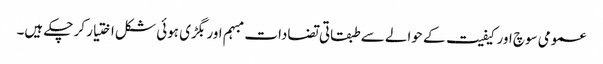
عمومی سوچ اور کیفیت کے حوالے سے طبقاتی تضادات مبہم اور بگڑی ہوئی شکل اختیار کر چکے ہیں۔